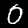
Label: 0